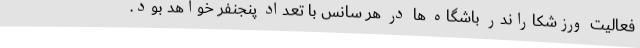
فعالیت ورزشکاراندر باشگاه ها در هر سانس با تعداد پنجنفر خواهد بود.